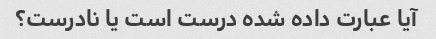
آیا عبارت داده شده درست است یا نادرست؟